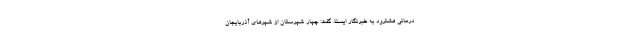
درمانی هشترود به خبرنگار ایسنا، گفت: چهار شهرستان از شهرهای آذربایجان